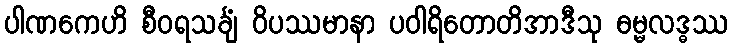
ပါဏကေဟိ စီဝရသင်္ချံ ဝိပဿမာနာ ပဝါရိတောတိအာဒီသု ဓမ္မလဒ္ဓဿ